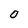
Character: O